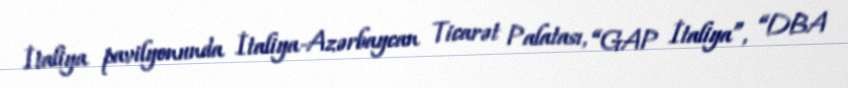
İtaliya pavilyonunda İtaliya-Azərbaycan Ticarət Palatası, “GAP İtaliya”, “DBA